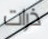
ذرات